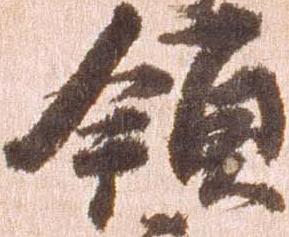
領